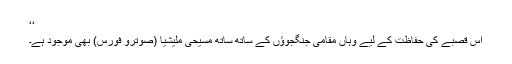
‘‘
اس قصبے کی حفاظت کے لیے وہاں مقامی جنگجوؤں کے ساتھ ساتھ مسیحی ملیشیا (صوترو فورس) بھی موجود ہے۔